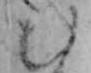
む